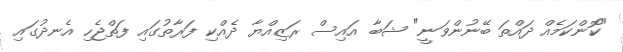
"ކޮންކަމެއް ދައްތަ ބޭނުންވަނީ" ޝަބާ އައިސް ރަޒިއްޔާ ދެއްކި ފަރާތުގައި ފަތްޖެހި އެނދުގައި